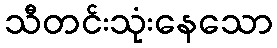
သီတင်းသုံးနေသော